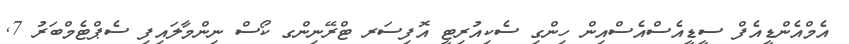
އެމްއެންޑީއެފް ސީޑީއެސްއެސްއިން ހިންގި ސެކިއުރިޓީ އޮފިސަރ ޓްރޭނިންގ ކޯސް ނިންމާލައިފި ސެޕްޓެމްބަރު 7